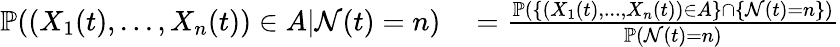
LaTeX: \begin{array}{rl}{\mathbb{P}((X_{1}(t),...,X_{n}(t))\in A|\mathcal{N}(t)=n)}&{{}=\frac{\mathbb{P}(\{ (X_{1}(t),...,X_{n}(t))\in A\} \cap\{ \mathcal{N}(t)=n\} )}{\mathbb{P}(\mathcal{N}(t)=n)}}\end{array}